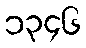
၁၃၄၆